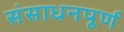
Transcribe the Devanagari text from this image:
संसाधनपूर्ण